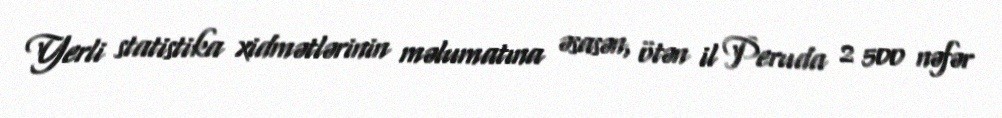
Yerli statistika xidmətlərinin məlumatına əsasən, ötən il Peruda 2 500 nəfər